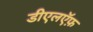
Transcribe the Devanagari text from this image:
डीएलऍफ़